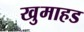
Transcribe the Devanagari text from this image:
खुमाहड